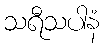
သရီသပါနံ